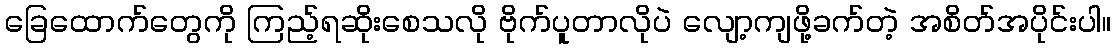
ခြေထောက်တွေကို ကြည့်ရဆိုးစေသလို ဗိုက်ပူတာလိုပဲ လျော့ကျဖို့ခက်တဲ့ အစိတ်အပိုင်းပါ။